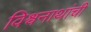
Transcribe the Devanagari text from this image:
विश्वनाथांची